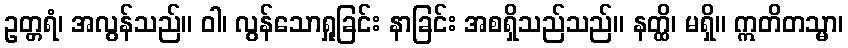
ဥတ္တရံ၊ အလွန်သည်။ ဝါ၊ လွန်သောရှုခြင်း နာခြင်း အစရှိသည်သည်။ နတ္ထိ၊ မရှိ။ ဣတိတသ္မာ၊